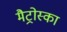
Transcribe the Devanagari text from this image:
मैट्रोस्का